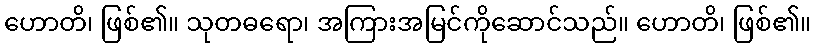
ဟောတိ၊ ဖြစ်၏။ သုတဓရော၊ အကြားအမြင်ကိုဆောင်သည်။ ဟောတိ၊ ဖြစ်၏။